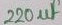
Text: 220µF